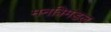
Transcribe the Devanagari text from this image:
मनत्रिमंडल